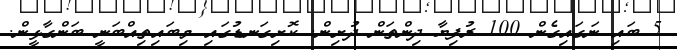
5 ބައި ނަގައިގެން 100 ރުފިޔާ ދިންތަން ދުށިން. ކޮށިގަނޑުގައި މިބައިތިއްބަނީ ބަންގާޅީން.